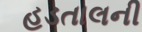
હડતાલની